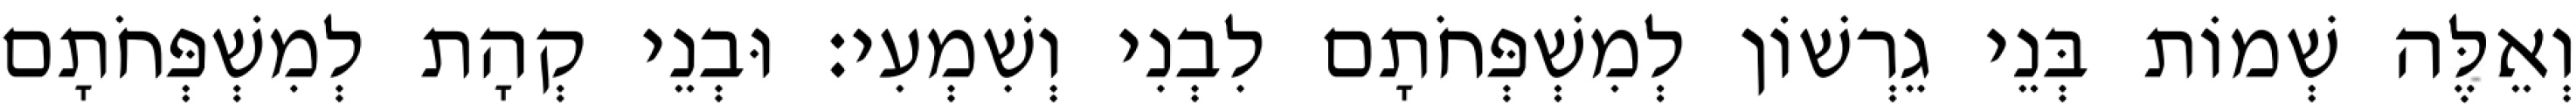
וְאֵלֶּה שְׁמוֹת בְּנֵי גֵרְשׁוֹן לְמִשְׁפְּחֹתָם לִבְנִי וְשִׁמְעִי׃ וּבְנֵי קְהָת לְמִשְׁפְּחֹתָם